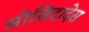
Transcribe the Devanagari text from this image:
सोसिदादेस